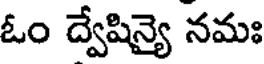
ఓం ద్వేషిన్యై నమః